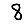
Digit: 8